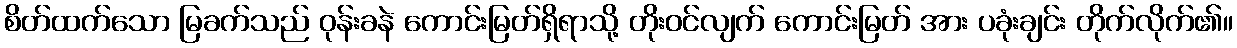
စိတ်ထက်သော မြခက်သည် ဝုန်းခနဲ ကောင်းမြတ်ရှိရာသို့ တိုးဝင်လျက် ကောင်းမြတ် အား ပခုံးချင်း တိုက်လိုက်၏။